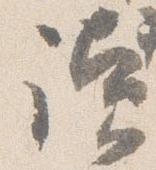
読